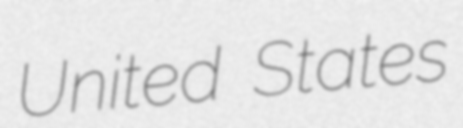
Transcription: United States